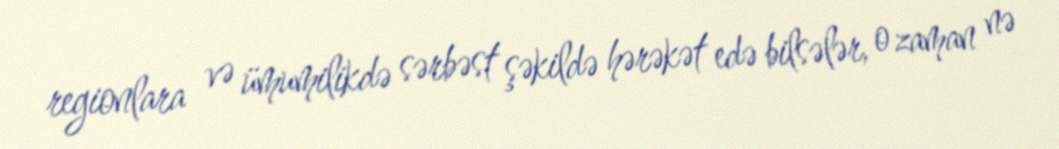
regionlara və ümumilikdə sərbəst şəkildə hərəkət edə bilsələr, o zaman nə